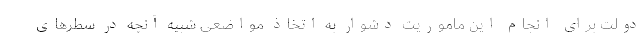
دولت برای انجام این ماموریت دشوار به اتخاذ مواضعی شبیه آنچه در سطرهای